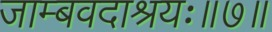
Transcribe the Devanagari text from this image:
जाम्बवदाश्रयः॥७॥